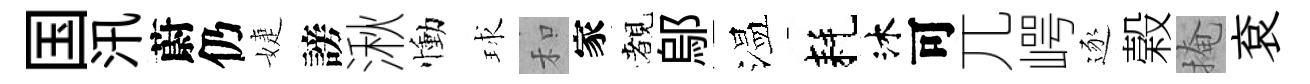
国汛蔚仍婕謗湫慟球和家覩鄔温耗沐可兀崿逐榖掩袞